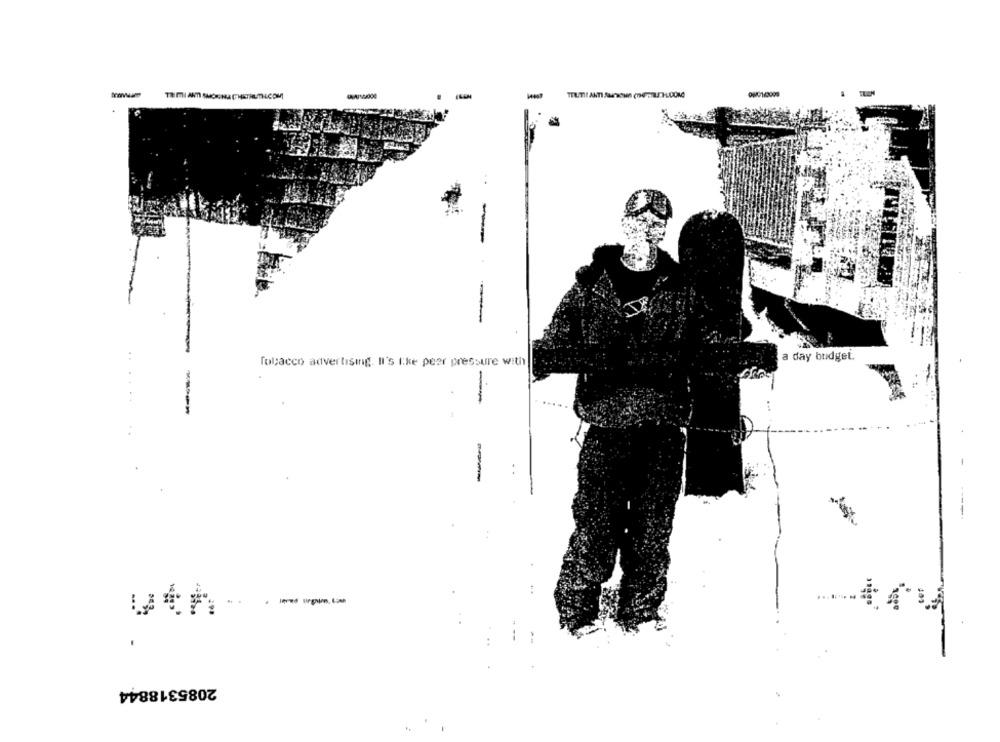
-
-
-
a day budget.
Tobacco advertising. Il's t.ke peer pressure with
-
------
-----
2085318844